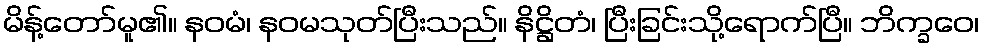
မိန့်တော်မူ၏။ နဝမံ၊ နဝမသုတ်ပြီးသည်။ နိဋ္ဌိတံ၊ ပြီးခြင်းသို့ရောက်ပြီ။ ဘိက္ခဝေ၊